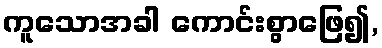
ကူသောအခါ ကောင်းစွာဖြေ၍,